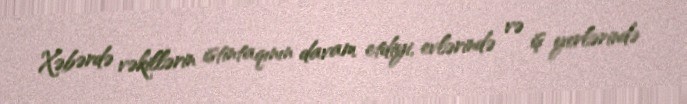
Xəbərdə vəkillərin istintaqının davam etdiyi, evlərində və iş yerlərində